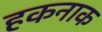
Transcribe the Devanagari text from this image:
हकनाक